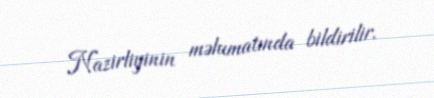
Nazirliyinin məlumatında bildirilir.